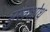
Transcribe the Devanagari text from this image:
मुखशोथ